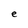
Character: e